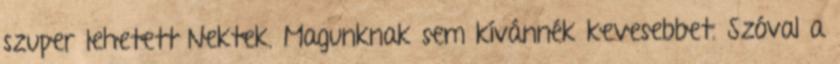
szuper lehetett Nektek. Magunknak sem kívánnék kevesebbet. Szóval a